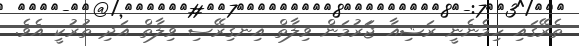
ތެރޭގައި ހިމެނެނީ ރަޝިއާ ޖަަރުމަން ވިލާތް އިނގިރޭސި ވިލާތް އަދި ތުރުކީ އެވެ.